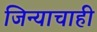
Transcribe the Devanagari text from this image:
जिन्याचाही